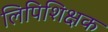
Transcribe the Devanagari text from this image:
लिपिशिक्षक